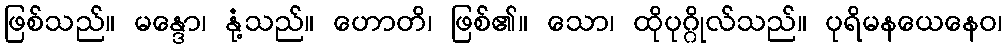
ဖြစ်သည်။ မန္ဒော၊ နုံ့သည်။ ဟောတိ၊ ဖြစ်၏။ သော၊ ထိုပုဂ္ဂိုလ်သည်။ ပုရိမနယေနေဝ၊